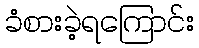
ခံစားခဲ့ရကြောင်း